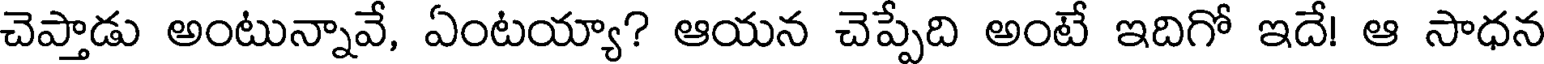
చెప్తాడు అంటున్నావే, ఏంటయ్యా? ఆయన చెప్పేది అంటే ఇదిగో ఇదే! ఆ సాధన